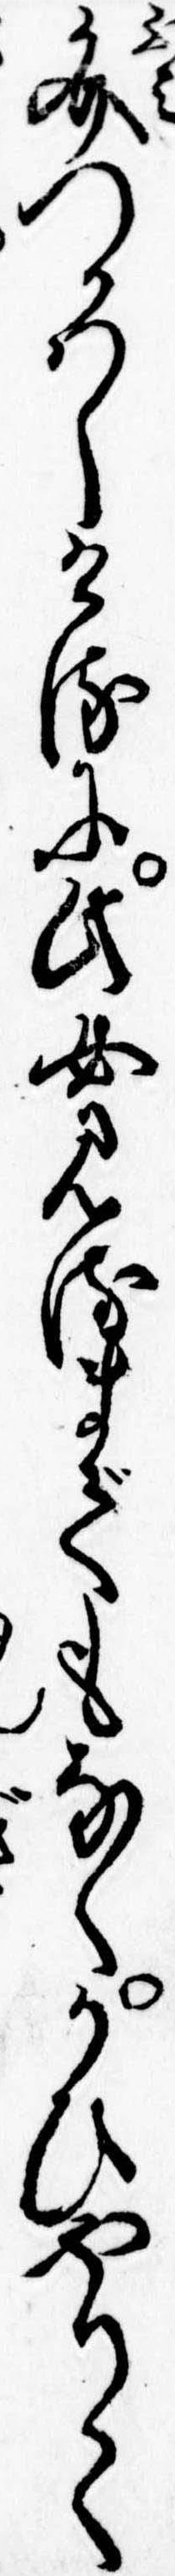
文つかはしけるに此女見るまでもなくかひやりて